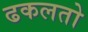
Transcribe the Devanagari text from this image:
ढकलतो